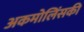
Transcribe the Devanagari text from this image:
अकमोलिंसकी